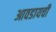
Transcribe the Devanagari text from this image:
आवडायची